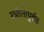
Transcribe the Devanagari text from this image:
श्ध्रीातापूर्वक